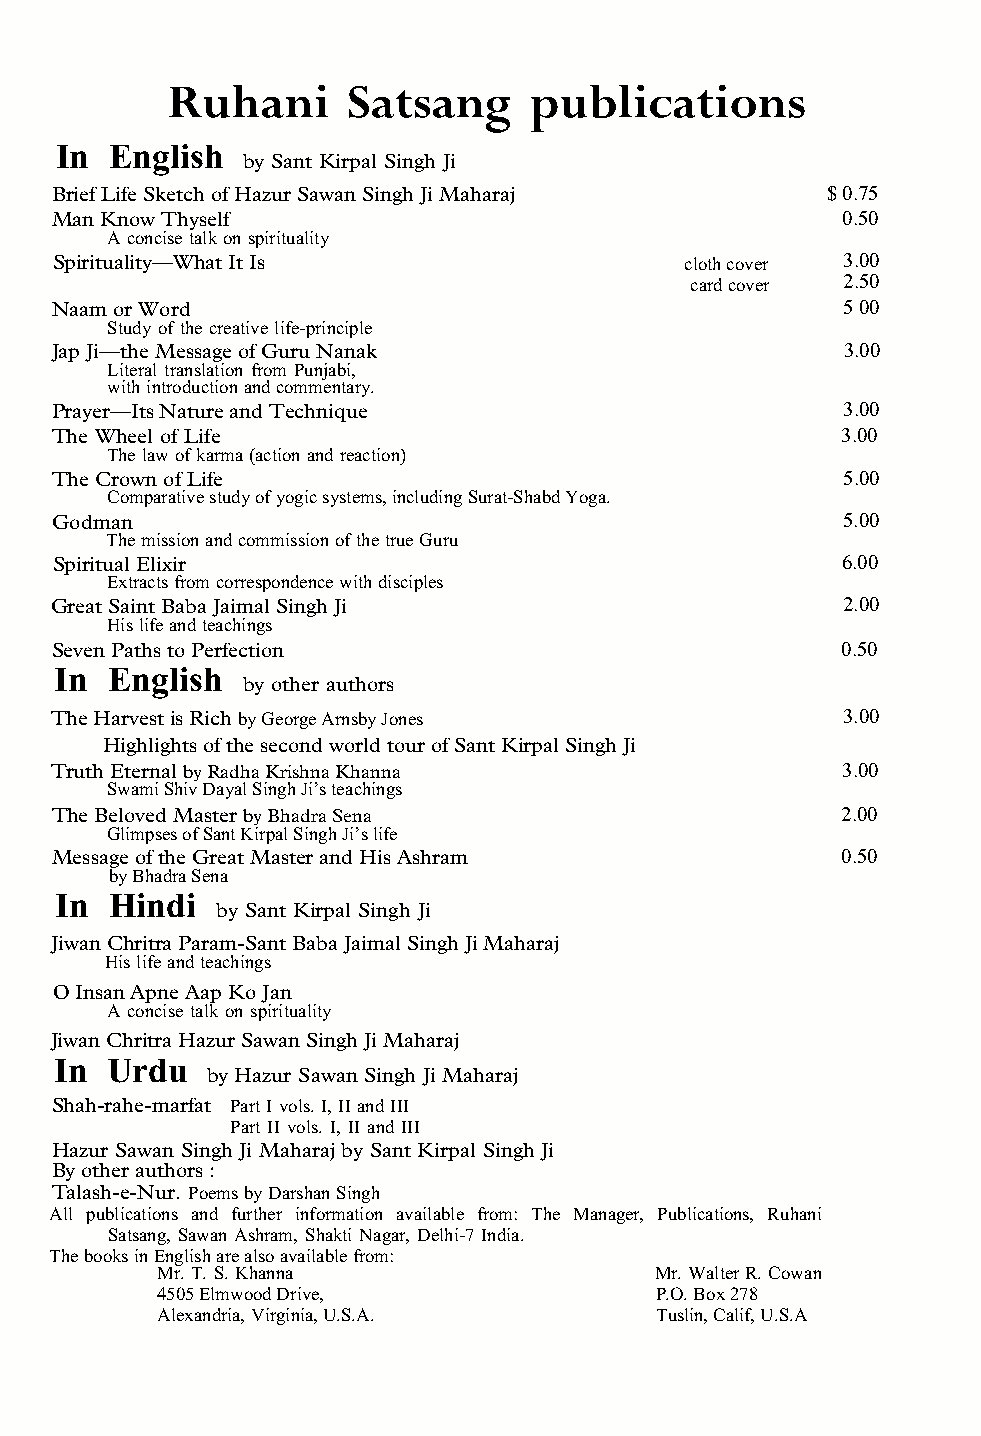
Ruhani      Satsang     publications
 In English
 by Sant Kirpal Singh Ji
 Brief Life Sketch of Hazur Sawan Singh Ji Maharaj   $ 0.75
 Man Know Thyself                                     0.50
 A concise talk on spirituality
 Spirituality—What It Is                   cloth cover 3.00
 card cover 2.50
 Naam or Word                                         5 00
 Study of the creative life-principle
 Jap Ji—the Message of Guru Nanak                     3.00
 Literal translation from Punjabi,
 with introduction and commentary.
 Prayer—Its Nature and Technique                      3.00
 The Wheel of Life                                    3.00
 The law of karma (action and reaction)
 The Crown of Life                                    5.00
 Comparative study of yogic systems, including Surat-Shabd Yoga.
 Godman                                               5.00
 The mission and commission of the true Guru
 Spiritual Elixir                                     6.00
 Extracts from correspondence with disciples
 Great Saint Baba Jaimal Singh Ji                     2.00
 His life and teachings
 Seven Paths to Perfection                            0.50
 In  English
 by other authors
 The Harvest is Rich by George Arnsby Jones           3.00
 Highlights of the second world tour of Sant Kirpal Singh Ji
 Truth Eternal by Radha Krishna Khanna                3.00
 Swami Shiv Dayal Singh Ji’s teachings
 The Beloved Master by Bhadra Sena                    2.00
 Glimpses of Sant Kirpal Singh Ji’s life
 Message of the Great Master and His Ashram           0.50
 by Bhadra Sena
 In Hindi
 by Sant Kirpal Singh Ji
 Jiwan Chritra Param-Sant Baba Jaimal Singh Ji Maharaj
 His life and teachings
 O Insan Apne Aap Ko Jan
 A concise talk on spirituality
 Jiwan Chritra Hazur Sawan Singh Ji Maharaj
 In  Urdu
 by Hazur Sawan Singh Ji Maharaj
 Shah-rahe-marfat Part I vols. I, II and III
 Part II vols. I, II and III
 Hazur Sawan Singh Ji Maharaj by Sant Kirpal Singh Ji
 By other authors :
 Talash-e-Nur. Poems by Darshan Singh
 All publications and further information available from: The Manager, Publications, Ruhani
 Satsang, Sawan Ashram, Shakti Nagar, Delhi-7 India.
 The books in English are also available from:
 Mr. T. S. Khanna                 Mr. Walter R. Cowan
 4505 Elmwood Drive,              P.O. Box 278
 Alexandria, Virginia, U.S.A.     Tuslin, Calif, U.S.A